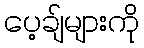
ပေ့ချ်များကို